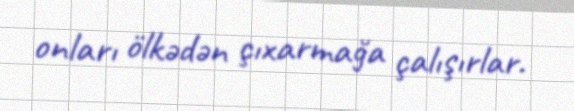
onları ölkədən çıxarmağa çalışırlar.